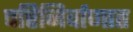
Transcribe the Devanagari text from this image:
परिनिर्वाणात